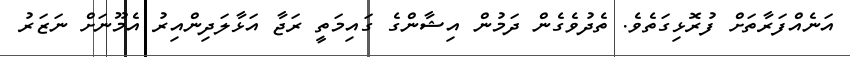
އަނެއްފަރާތަށް ފުރޮޅިގަތެވެ. ތެދުވެގެން ދަމުން އިޝާންގެ ގައިމަތީ ރަޖާ އަޅާލަދިންއިރު އެމޫނަށް ނަޒަރު